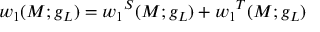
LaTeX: w _ { 1 } ( M ; g _ { L } ) = { w _ { 1 } } ^ { S } ( M ; g _ { L } ) + { w _ { 1 } } ^ { T } ( M ; g _ { L } )